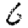
Digit: 6